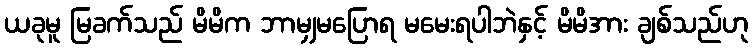
ယခုမူ မြခက်သည် မိမိက ဘာမျှမပြောရ မမေးရပါဘဲနှင့် မိမိအား ချစ်သည်ဟု